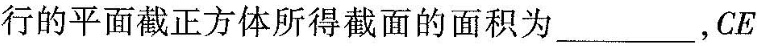
行的平面截正方体所得截面的面积为___，CE